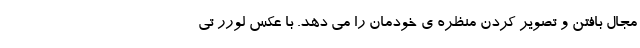
مجال بافتن و تصویر کردن منظره ی خودمان را می دهد. با عکسِ لورر تی